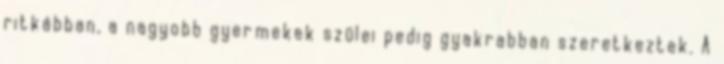
ritkábban, a nagyobb gyermekek szülei pedig gyakrabban szeretkeztek. A